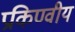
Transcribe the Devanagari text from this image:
प्रकिण्वीय